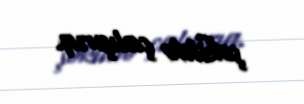
şəkildə çalışırıq.